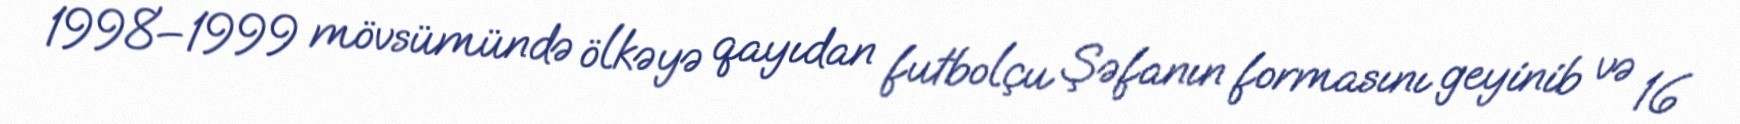
1998–1999 mövsümündə ölkəyə qayıdan futbolçu Şəfanın formasını geyinib və 16